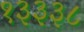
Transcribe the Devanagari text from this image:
१३३३८